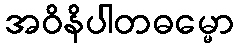
အဝိနိပါတဓမ္မော